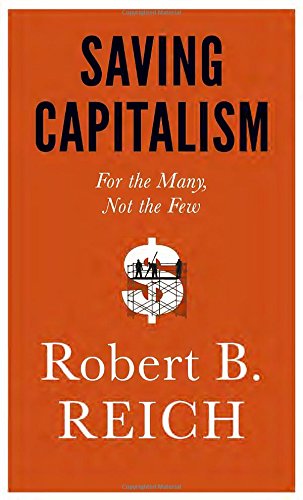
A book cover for Saving Capitalism: For the Many, Not the Few; Robert B. Reich; Business & Money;